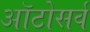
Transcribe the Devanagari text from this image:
ऑटोसर्व